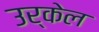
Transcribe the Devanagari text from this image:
उर्केल